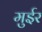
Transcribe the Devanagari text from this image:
मुईर